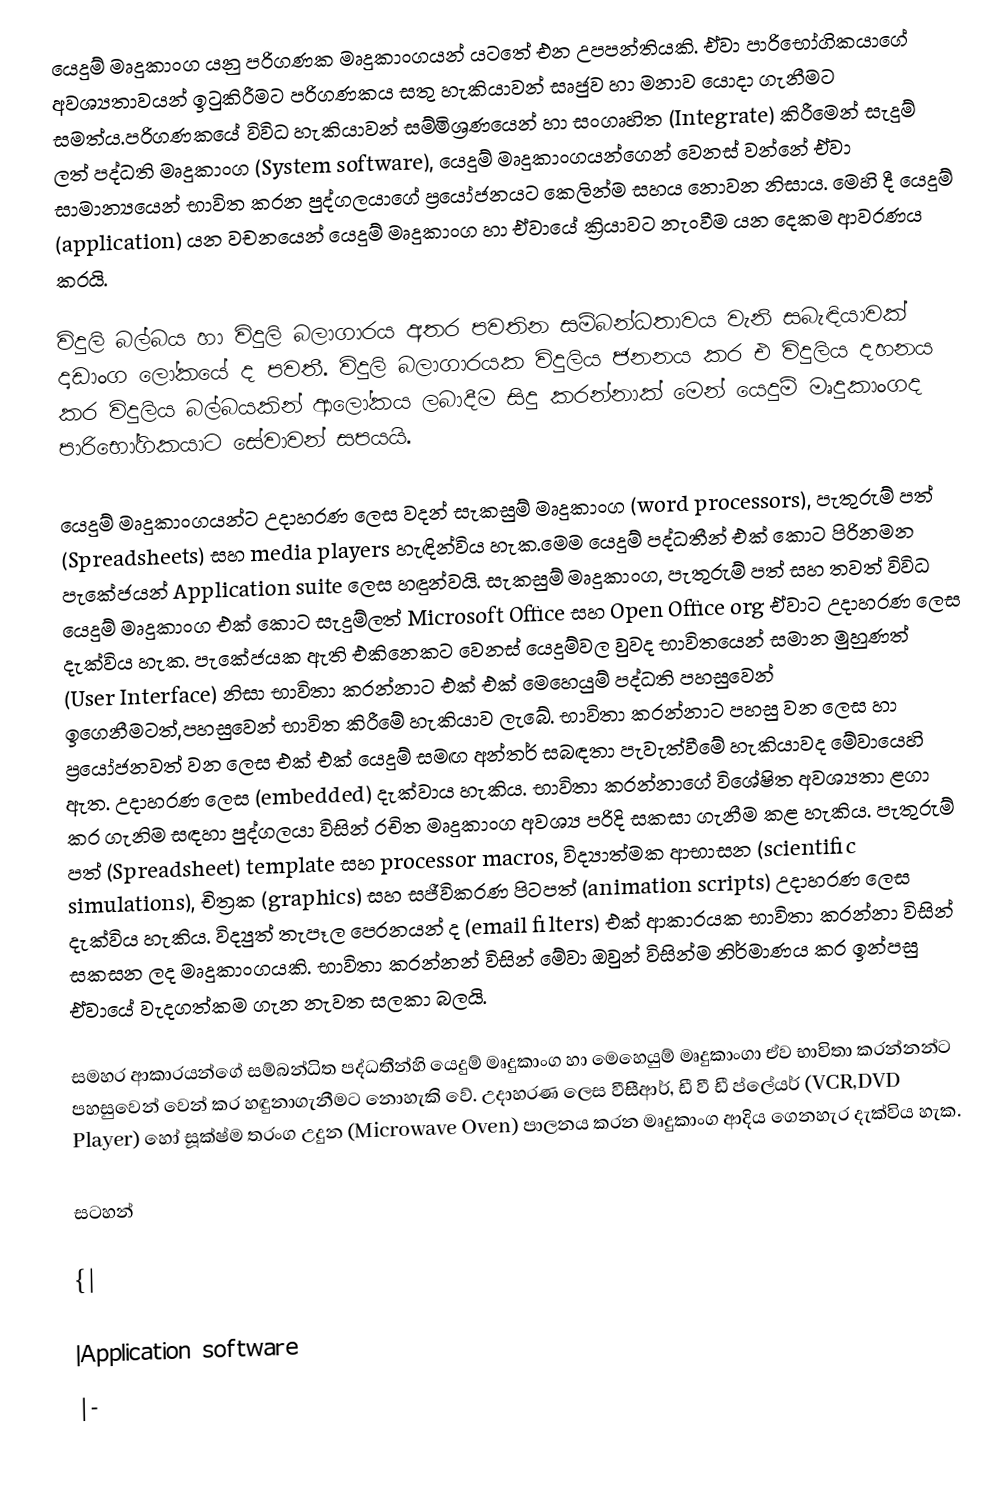
යෙදුම් මෘදුකාංග යනු පරිගණක මෘදුකාංගයන් යටතේ එන උපපන්තියකි. ඒවා පාරිභෝගිකයාගේ අවශ්‍යතාවයන් ඉටුකිරීමට පරිගණකය සතු හැකියාවන් සෘජුව හා මනාව යොදා ගැනීමට සමත්ය.පරිගණකයේ විවිධ හැකියාවන් සම්මිශ්‍රණයෙන් හා සංගෘහිත ‍‍(Integrate) කිරීමෙන් සැදුම් ලත් පද්ධති මෘදුකාංග  (System software), යෙදුම් මෘදුකාංගයන්ගෙන් වෙනස් වන්නේ ‍ඒවා සාමාන්‍යයෙන් භාවිත කරන පුද්ගලයාගේ ප්‍රයෝජනයට කෙලින්ම  සහය නොවන නිසාය. මෙහි දී යෙදුම්  (application) යන වචනයෙන් යෙදුම් මෘදුකාංග හා ඒවායේ ක්‍රියාවට නැංවීම යන දෙකම ආවරණය කරයි.

විදුලි බල්බය හා විදුලි බලාගාරය අතර පවතින සම්බන්ධතාවය වැනි සබැඳියාවක් දෘඩාංග ලෝකයේ ද පවතී. විදුලි බලාගාරයක විදුලිය ජනනය කර එ විදුලිය දහනය කර විදුලිය බල්බයකින්  ආ‍ලෝකය ලබාදීම සිදු කරන්නාක් මෙන් යෙදුම් මෘදුකාංගද පාරිභෝගිකයාට සේවාවන් සපයයි.

යෙදුම් මෘදුකාංගයන්ට උදාහරණ ලෙස වදන් සැකසුම් මෘදුකාංග (word processors), පැතුරුම් පත් (Spreadsheets)  සහ media players හැඳින්විය හැක.මෙම යෙදුම් පද්ධතීන් එක් කොට පිරිනමන පැකේජයන්  Application suite ලෙස හඳුන්වයි. සැකසුම් මෘදුකාංග, පැතුරුම් පත් සහ තවත් විවිධ යෙදුම් මෘදුකාංග එක් කොට සැදුම්ලත් Microsoft Office සහ Open Office org ඒවාට උදාහරණ ලෙස දැක්විය හැක. පැකේජයක ඇති එකිනෙකට වෙනස් යෙදුම්වල වුවද භාවිතයෙන් සමාන මුහුණත්  ‍(User Interface) නිසා භාවිතා කරන්නාට එක් එක් මෙහෙයුම් පද්ධති පහසුවෙන්  ඉගෙනීමටත්,පහසුවෙන්  භාවිත කිරී‍මේ හැකියාව ලැබේ. භාවිතා කරන්නාට පහසු වන ලෙස හා ප්‍රයෝජනවත් වන ලෙස එක් එක් යෙදුම් සමඟ අන්තර් සබඳතා පැවැත්වීමේ හැකියාවද මේවායෙහි ඇත. උදාහරණ ලෙස  (embedded) දැක්වාය හැකිය. භාවිතා කරන්නාගේ විශේෂිත අවශ්‍යතා ළගා කර ගැනිම සඳහා පුද්ගලයා විසින් රචිත මෘදුකාංග අවශ්‍ය පරිදි සකසා ගැනීම කළ හැකිය. පැතුරුම් පත් (Spreadsheet) template සහ processor macros, විද්‍යාත්මක ආභාසන (scientific simulations), චිත්‍රක (graphics)  සහ සජීවිකරණ පිටපත් (animation scripts) උදාහරණ ලෙස දැක්විය හැකිය. විද්‍යුත් තැපෑල පෙරනයන් ද   (email filters) එක් ආකාරයක භාවිතා කරන්නා විසින් සකසන ලද මෘදුකාංගයකි.  භාවිතා කරන්නන් විසින් මේවා ඔවුන් විසින්ම නිර්මාණය කර ඉන්පසු ඒවායේ වැදගත්කම ගැන නැවත සලකා බලයි.

සමහර ආකාරයන්ගේ සම්බන්ධිත පද්ධතීන්හි යෙදුම් මෘදුකාංග හා මෙහෙයුම් මෘදුකාංගා  ඒව භාවිතා කරන්නන්ට පහසුවෙන් වෙන් කර හඳුනාගැනීමට නොහැකි වේ. උදාහරණ ලෙස වීසීආර්, ඩී වී ඩී ප්ලේයර් (VCR,DVD Player) හෝ සූක්ෂ්ම තරංග උදුන (Microwave Oven) පාලනය කරන මෘදුකාංග ආදිය ‍ගෙනහැර දැක්විය හැක.

සටහන්

{|

|Application software
|-